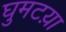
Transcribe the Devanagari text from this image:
घुमटय़ा